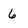
Character: 6